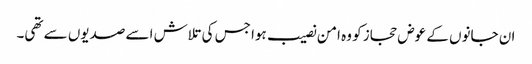
ان جانوں کے عوض حجاز کو وہ امن نصیب ہوا جس کی تلاش اسے صدیوں سے تھی۔